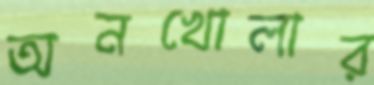
অনখোলার